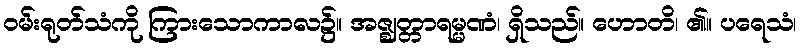
ဝမ်းရုတ်သံကို ကြားသောကာလ၌။ အဇ္ဈတ္တာရမ္မဏံ၊ ရှိသည်။ ဟောတိ၊ ၏။ ပရေသံ၊